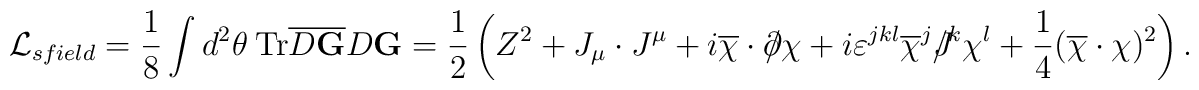
{\cal L}_{sfield} = \frac 1 8 \int d^2 \theta~ \hbox{Tr} \overline{D{\bf G}}D{\bf G}=\frac 1 2 \left( Z^2 + J_{\mu}\cdot J^{\mu}+ i\overline{\chi}\cdot \partial\!\!\!/ \chi + i \varepsilon^{jkl}\overline{ \chi}^j J\!\!\!\!/^k\chi^l+\frac 1 4 (\overline{\chi}\cdot\chi)^2\right).